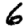
Digit: 6